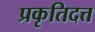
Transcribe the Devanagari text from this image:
प्रकृतिदत्त